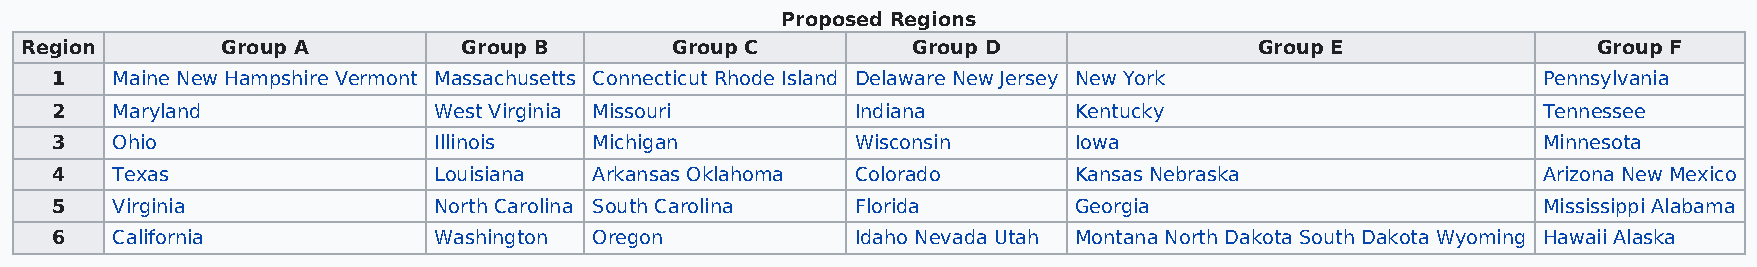
Proposed Regions
 Region        Group A         Group B      Group C         Group D                Group E                Group F
 1   Maine New Hampshire Vermont Massachusetts Connecticut Rhode Island Delaware New Jersey New York Pennsylvania
 2   Maryland              West Virginia Missouri      Indiana       Kentucky                       Tennessee
 3   Ohio                  Illinois  Michigan          Wisconsin     Iowa                           Minnesota
 4   Texas                 Louisiana Arkansas Oklahoma Colorado      Kansas Nebraska                Arizona New Mexico
 5   Virginia              North Carolina South Carolina Florida     Georgia                        Mississippi Alabama
 6   California            Washington Oregon           Idaho Nevada Utah Montana North Dakota South Dakota Wyoming Hawaii Alaska